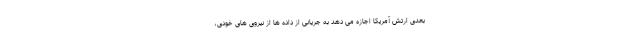
بعدی ارتش آمریکا اجازه می دهد به جریانی از داده ها از نیروی های خودی،